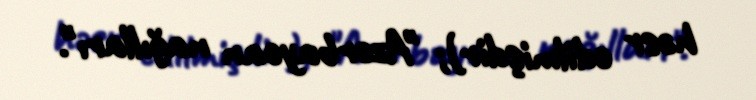
həsr edilmişdir); "Azərbaycan nağılları".